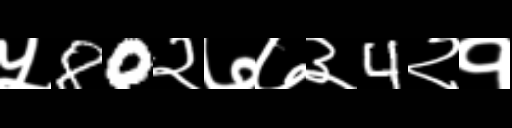
Text: ५80२७७३4२१